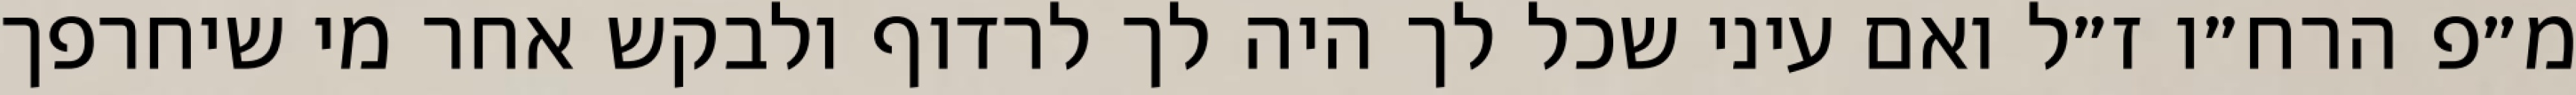
מ״פ הרח״ו ז״ל ואם עיני שכל לך היה לך לרדוף ולבקש אחר מי שיחרפך